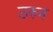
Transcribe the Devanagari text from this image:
ठरुन